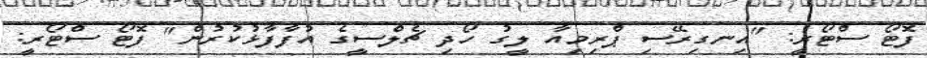
ފޮޓޯ ސްޓޯރީ: "އިނގިރޭސި ޕްރިމިއާ ލީގު ހޯދި ޗެލްސީގެ އުފާފާޅުކުރުން" ފޮޓޯ ސްޓޯރީ: